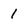
Character: 1